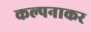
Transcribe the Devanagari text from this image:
कल्पनाकर